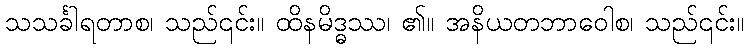
သသင်္ခါရတာစ၊ သည်၎င်း။ ထိနမိဒ္ဓဿ၊ ၏။ အနိယတဘာဝေါစ၊ သည်၎င်း။